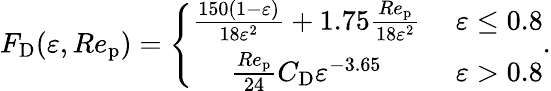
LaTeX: {F_{\mathrm{D}}}(\varepsilon,Re_{\mathrm{p}})=\left\{ \begin{array}{cl}{\frac{150(1-\varepsilon)}{18\varepsilon^{2}}+1.75\frac{Re_{\mathrm{p}}}{18\varepsilon^{2}}}&{\ \varepsilon\leq 0.8}\\ {\frac{Re_{\mathrm{p}}}{24}{C_{\mathrm{D}}}\varepsilon^{-3.65}}&{\ \varepsilon>0.8}\end{array}\right..